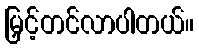
မြှင့်တင်လာပါတယ်။